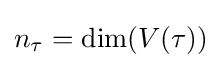
n_{\tau }=\dim(V(\tau ))